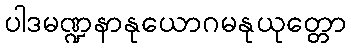
ပါဒမဏ္ဍနာနုယောဂမနုယုတ္တော